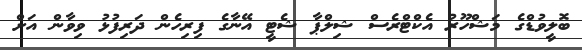
ބޮލީވުޑްގެ މަޝްހޫރު އެކްޓްރެސް ޝިލްޕާ ޝެޓީ އޭނާގެ ފިރިހެން ދަރިފުޅު ވިވާން އަށް